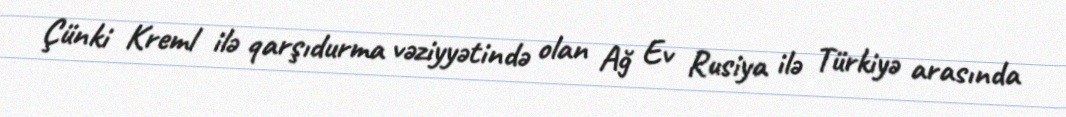
Çünki Kreml ilə qarşıdurma vəziyyətində olan Ağ Ev Rusiya ilə Türkiyə arasında